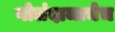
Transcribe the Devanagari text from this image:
गोलंदाजाचेच